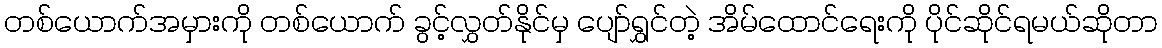
တစ်ယောက်အမှားကို တစ်ယောက် ခွင့်လွှတ်နိုင်မှ ပျော်ရွှင်တဲ့ အိမ်ထောင်ရေးကို ပိုင်ဆိုင်ရမယ်ဆိုတာ